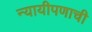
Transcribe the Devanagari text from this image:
न्यायीपणाची